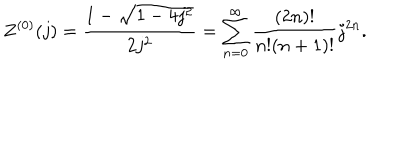
LaTeX: Z ^ { ( 0 ) } ( j ) = \frac { 1 - \sqrt { 1 - 4 j ^ { 2 } } } { 2 j ^ { 2 } } = \sum _ { n = 0 } ^ { \infty } \frac { ( 2 n ) ! } { n ! ( n + 1 ) ! } j ^ { 2 n } .